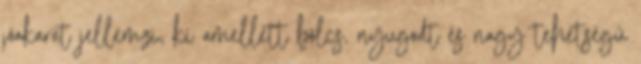
jóakarat jellemzi, ki amellett bölcs, nyugodt és nagy tehetségű